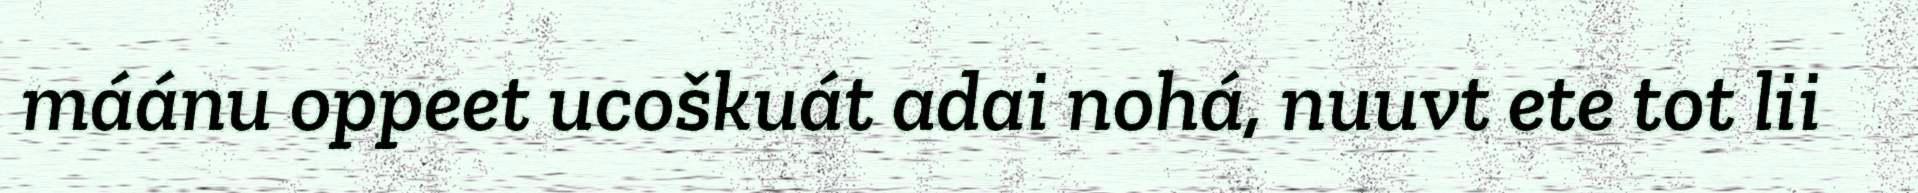
máánu oppeet ucoškuát adai nohá, nuuvt ete tot lii